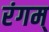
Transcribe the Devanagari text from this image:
रंगम्